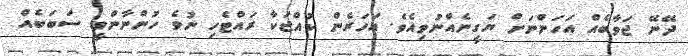
ދޭނޭ ޖަވާބެއް އަހަންނަށް ޔަގީނެއްނުވިއެވެ. އަހަރެން ކުއްޖަކާ ރައްޓެހި ނުވެ ހުންނާންވީ ސަބަބެއް